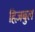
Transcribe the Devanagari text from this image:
हिज़बुल